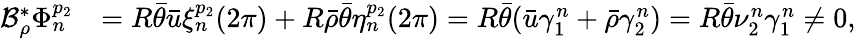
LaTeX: \begin{array}{rl}{\mathcal{B}_{\rho}^{*}\Phi_{n}^{p_{2}}}&{=R\bar{\theta}\bar{u}\xi_{n}^{p_{2}}(2\pi)+R\bar{\rho}\bar{\theta}\eta_{n}^{p_{2}}(2\pi)=R\bar{\theta}(\bar{u}\gamma_{1}^{n}+\bar{\rho}\gamma_{2}^{n})=R\bar{\theta}\nu_{2}^{n}\gamma_{1}^{n}\neq 0,}\end{array}